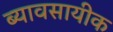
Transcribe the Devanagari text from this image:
ब्यावसायीक